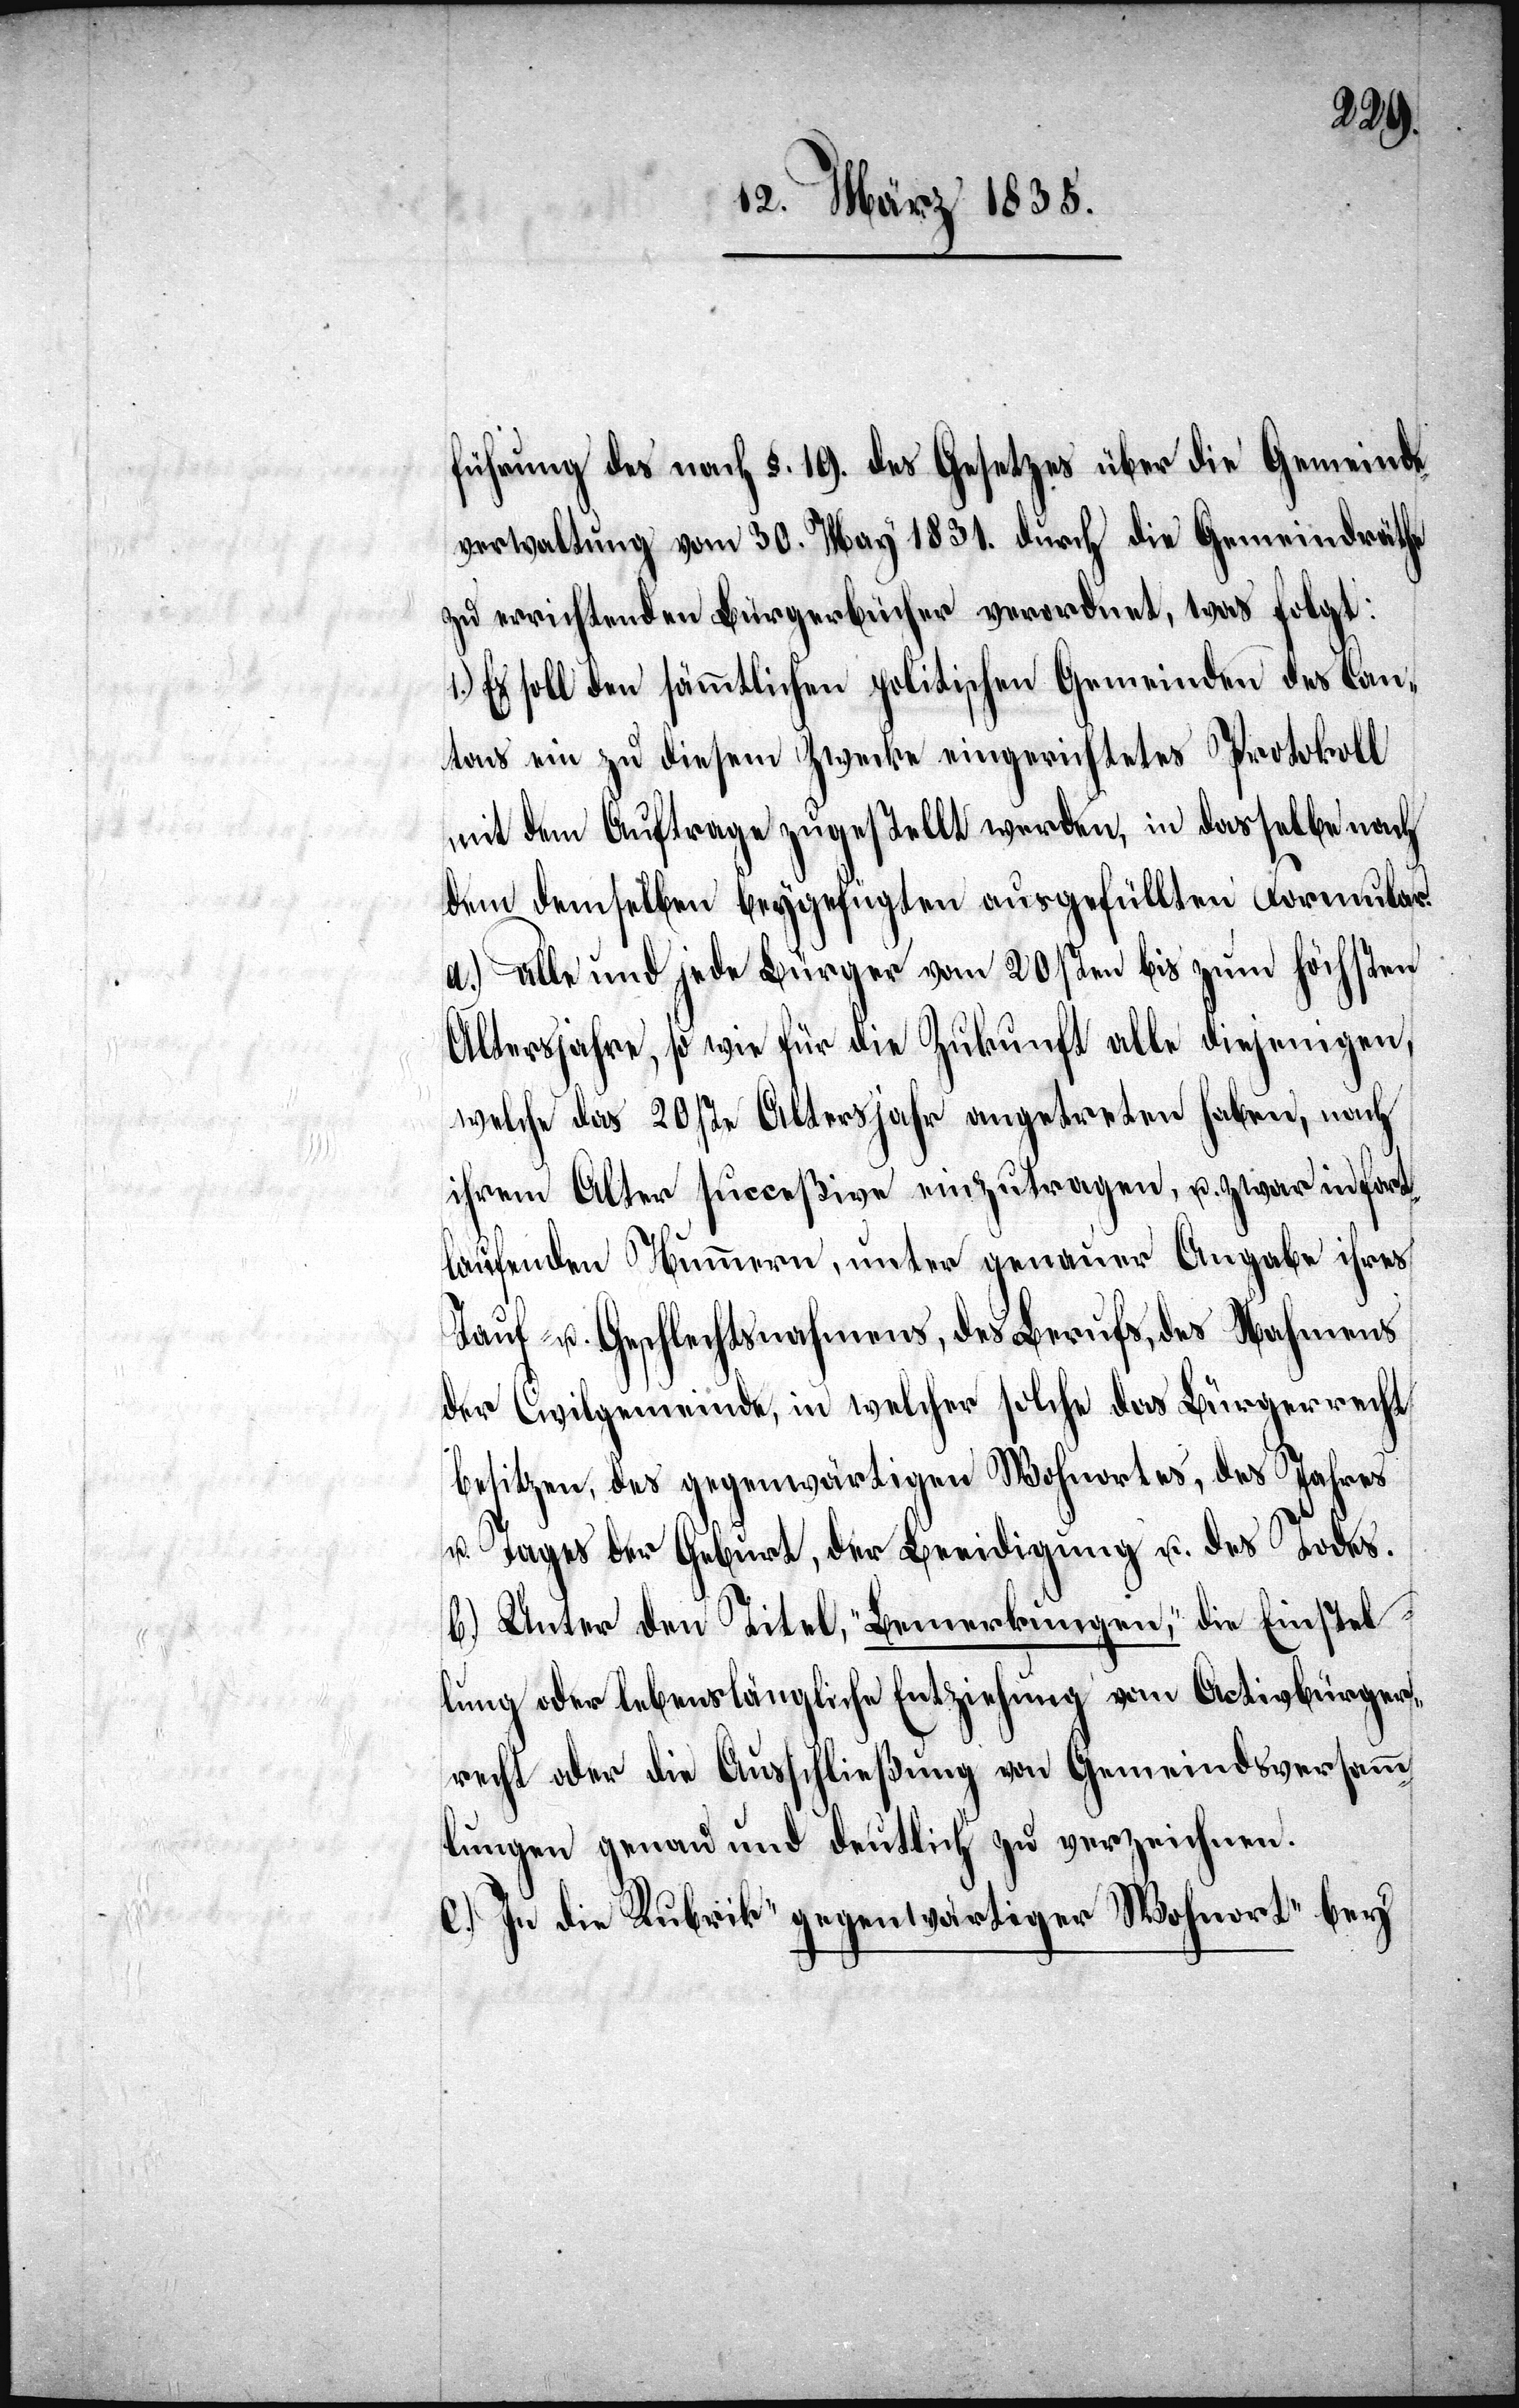
führung des nach §. 19. des Gesetzes über die Gemeinde¬
verwaltung vom 30. May 1831. durch die Gemeindräthe
zu errichtenden Bürgerbücher verordnet, was folgt:
1.) Es soll den sämmtlichen politischen Gemeinden des Can¬
tons ein zu diesem Zwecke eingerichtetes Protokoll
mit dem Auftrage zugestellt werden, in dasselbe nach
dem demselben beygefügten ausgefüllten Formular:
a.) alle und jede Bürger vom 20sten bis zum höchsten
Altersjahre, so wie für die Zukunft alle diejenigen,
welche das 20ste Alterjahr angetreten haben, nach
ihrem Alter succeßive einzutragen, u. zwar in fort¬
laufenden Nummern, unter genauer Angabe ihres
Tauf- u. Geschlechtsnahmens, des Berufs, des Nahmens
der Civilgemeinde, in welcher solche das Bürgerrecht
besitzen, des gegenwärtigen Wohnortes, des Jahres
u. Tages der Geburt, der Beeidigung u. des Todes.
b.) Unter den Titel, „Bemerkungen“, die Einstel¬
lung oder lebenslängliche Entziehung vom Activbürger¬
recht oder die Ausschließung von Gemeindsversamm¬
lungen genau und deutlich zu verzeichnen.
c.) In die Rubrik „gegenwärtiger Wohnort“ bey